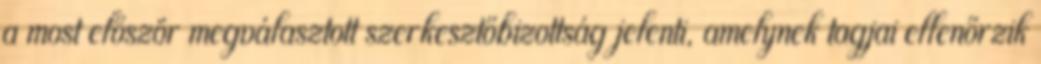
a most először megválasztott szerkesztőbizottság jelenti, amelynek tagjai ellenőrzik